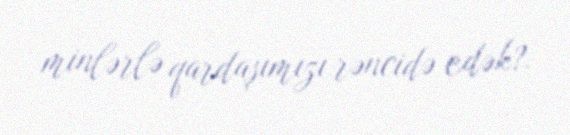
minlərlə qardaşımızı rəncidə edək?.